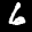
Label: 6